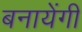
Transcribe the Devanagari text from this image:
बनायेंगी